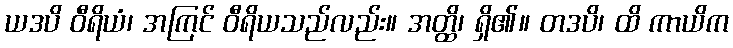
ယဒပိ ဝီရိယံ၊ အကြင် ဝီရိယသည်လည်း။ အတ္ထိ၊ ရှိ၏။ တဒပိ၊ ထိ ကာယိက